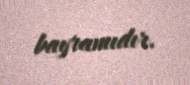
bayramıdır.